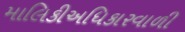
માલિકીઅધિકારવાળી